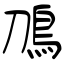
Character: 鳭